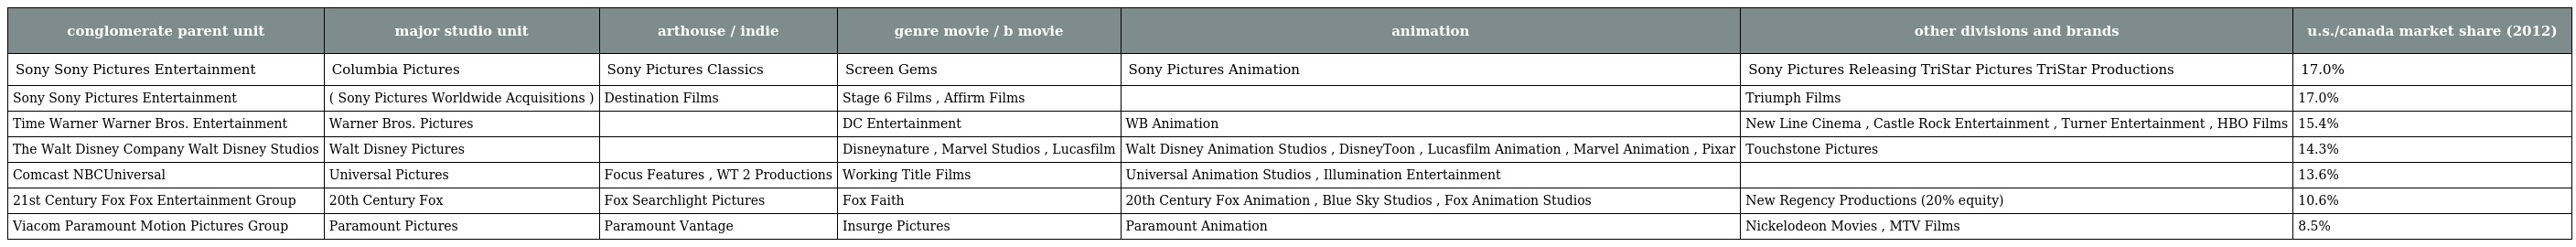
| conglomerate parent unit | major studio unit | arthouse / indie | genre movie / b movie | animation | other divisions and brands | u.s./canada market share (2012) |
 | --- | --- | --- | --- | --- | --- | --- |
 | Sony Sony Pictures Entertainment | Columbia Pictures | Sony Pictures Classics | Screen Gems | Sony Pictures Animation | Sony Pictures Releasing TriStar Pictures TriStar Productions | 17.0% |
 | Sony Sony Pictures Entertainment | ( Sony Pictures Worldwide Acquisitions ) | Destination Films | Stage 6 Films , Affirm Films |  | Triumph Films | 17.0% |
 | Time Warner Warner Bros. Entertainment | Warner Bros. Pictures |  | DC Entertainment | WB Animation | New Line Cinema , Castle Rock Entertainment , Turner Entertainment , HBO Films | 15.4% |
 | The Walt Disney Company Walt Disney Studios | Walt Disney Pictures |  | Disneynature , Marvel Studios , Lucasfilm | Walt Disney Animation Studios , DisneyToon , Lucasfilm Animation , Marvel Animation , Pixar | Touchstone Pictures | 14.3% |
 | Comcast NBCUniversal | Universal Pictures | Focus Features , WT 2 Productions | Working Title Films | Universal Animation Studios , Illumination Entertainment |  | 13.6% |
 | 21st Century Fox Fox Entertainment Group | 20th Century Fox | Fox Searchlight Pictures | Fox Faith | 20th Century Fox Animation , Blue Sky Studios , Fox Animation Studios | New Regency Productions (20% equity) | 10.6% |
 | Viacom Paramount Motion Pictures Group | Paramount Pictures | Paramount Vantage | Insurge Pictures | Paramount Animation | Nickelodeon Movies , MTV Films | 8.5% |